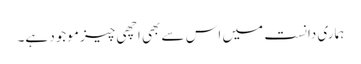
ہماری دانست میں اس سے بھی اچھی چیز موجود ہے۔